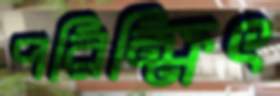
পরিক্ষিৎ